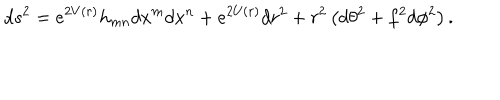
LaTeX: d s ^ { 2 } = e ^ { 2 V ( r ) } h _ { m n } d x ^ { m } d x ^ { n } + e ^ { 2 U ( r ) } d r ^ { 2 } + r ^ { 2 } \left( d \theta ^ { 2 } + f ^ { 2 } d \phi ^ { 2 } \right) .